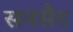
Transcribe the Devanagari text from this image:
सनसैट